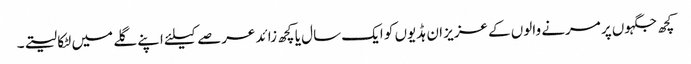
کچھ جگہوں پر مرنے والوں کے عزیز ان ہڈیوں کو ایک سال یا کچھ زائد عرصے کیلئے اپنے گلے میں لٹکا لیتے۔